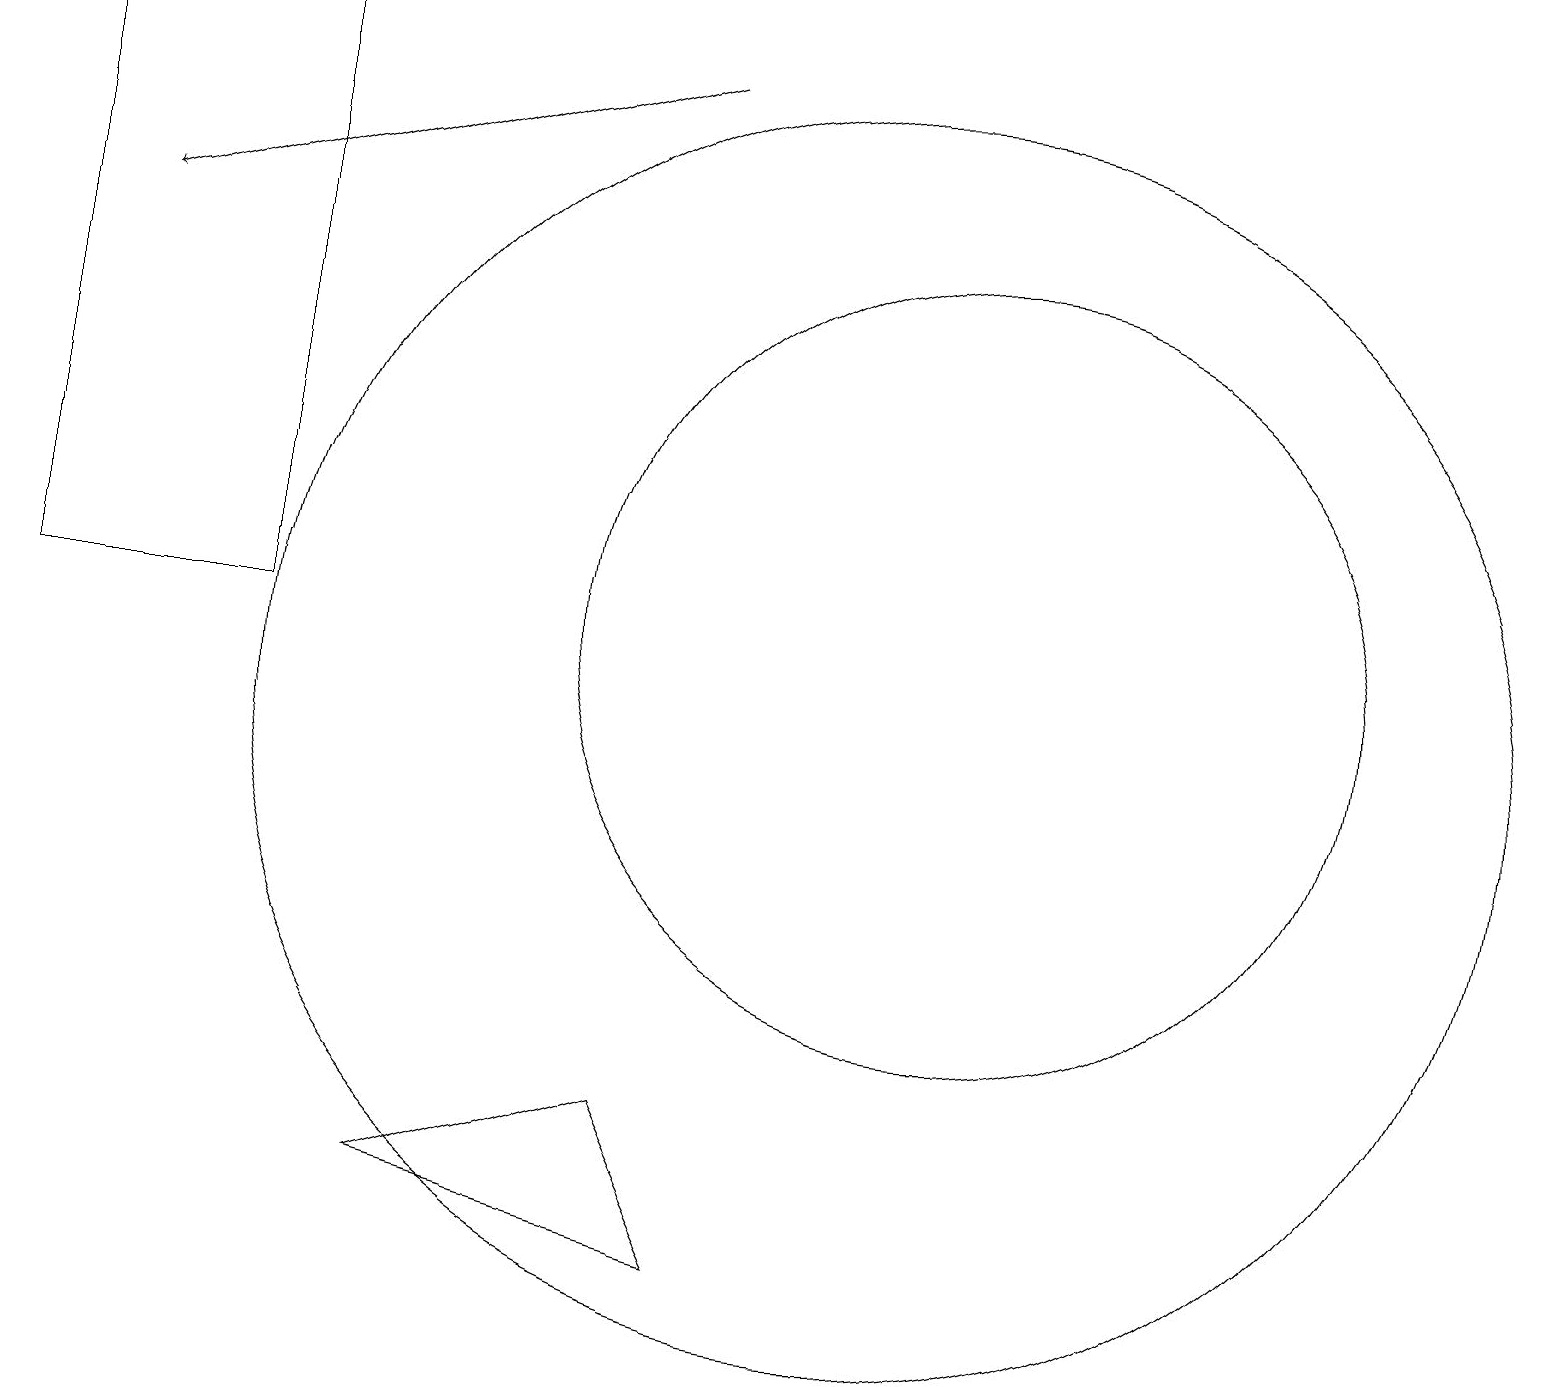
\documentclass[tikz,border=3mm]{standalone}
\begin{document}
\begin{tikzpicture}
\draw (12,11) circle (5);
\draw (11,10) circle (8);
\draw (3,11) rectangle (0,19);
\draw[->] (8,18) -- (1,16);
\draw (5,4) -- (8,5) -- (9,3) -- cycle;
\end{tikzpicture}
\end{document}